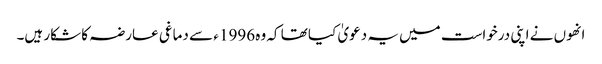
انھوں نے اپنی درخواست میں یہ دعویٰ کیا تھا کہ وہ 1996 ء سے دماغی عارضہ کا شکار ہیں۔